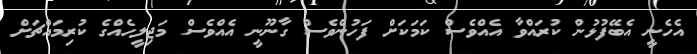
އެހެނީ އެބޭފުޅުން ކުރައްވާ އެއްވެސް ކަމަކަށް ފަހުންވެސް ގާނޫނީ އެއްވެސް މަޖިލީހެއްގެ ކުރިމައްޗަށް